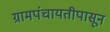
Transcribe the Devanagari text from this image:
ग्रामपंचायतीपासून